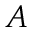
A